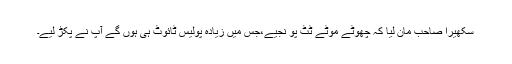
سکھیرا صاحب مان لیا کہ چھوٹے موٹے ٹٹ پو نجیے،جس میں زیادہ پولیس ٹائوٹ ہی ہوں گے آپ نے پکڑ لیے۔